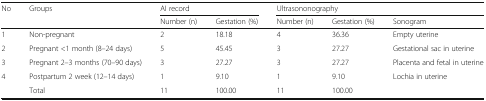
<table><thead><tr><td rowspan="2"><b>No</b></td><td rowspan="2"><b>Groups</b></td><td colspan="2"><b>AI record</b></td><td colspan="3"><b>Ultrasononography</b></td></tr><tr><td><b>Number (n)</b></td><td><b>Gestation (%)</b></td><td><b>Number (n)</b></td><td><b>Gestation (%)</b></td><td><b>Sonogram</b></td></tr></thead><tbody><tr><td>1</td><td>Non-pregnant</td><td>2</td><td>18.18</td><td>4</td><td>36.36</td><td>Empty uterine</td></tr><tr><td>2</td><td>Pregnant &lt;1 month (8–24 days)</td><td>5</td><td>45.45</td><td>3</td><td>27.27</td><td>Gestational sac in uterine</td></tr><tr><td>3</td><td>Pregnant 2–3 months (70–90 days)</td><td>3</td><td>27.27</td><td>3</td><td>27.27</td><td>Placenta and fetal in uterine</td></tr><tr><td>4</td><td>Postpartum 2 week (12–14 days)</td><td>1</td><td>9.10</td><td>1</td><td>9.10</td><td>Lochia in uterine</td></tr><tr><td></td><td>Total</td><td>11</td><td>100.00</td><td>11</td><td>100.00</td><td></td></tr></tbody></table>